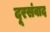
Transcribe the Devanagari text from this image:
दूरसंवाद